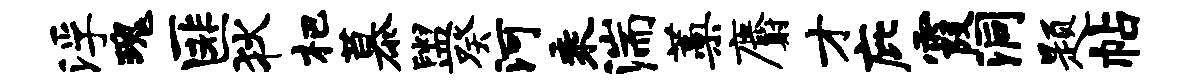
浮瑰匪狄杷慕盥癸河乘湍蒿麝才庇霞洞题帖